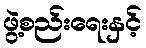
ဖွဲ့စည်းရေးနှင့်